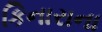
કિનારાના